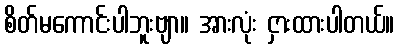
စိတ်မကောင်းပါဘူးဗျာ။ အားလုံး ငှားထားပါတယ်။